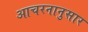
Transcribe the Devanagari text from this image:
आचरनानुसार